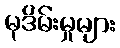
မုဒိမ်းမှုများ